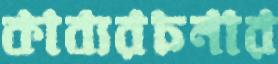
কাব্যরচনার